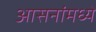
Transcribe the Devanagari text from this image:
आसनांमध्ये